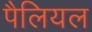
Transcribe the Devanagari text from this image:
पैलियल